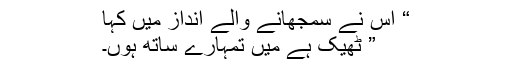
“ اس نے سمجھانے والے انداز میں کہا
” ٹھیک ہے میں تمہارے ساتھ ہوں۔